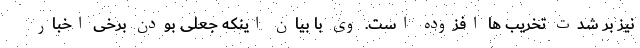
نیز بر شدت تخریب ها افزوده است. وی با بیان اینکه جعلی بودن برخی اخبار